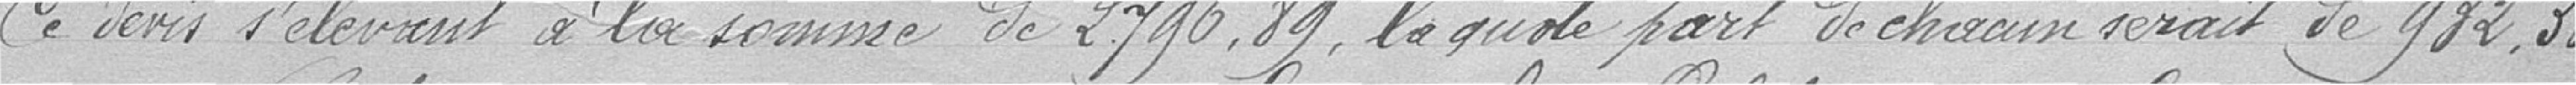
Ce devis s'élevant à la somme de 2 796,89, la quote-part de chacun serait de 932,30.